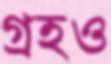
গ্রহও